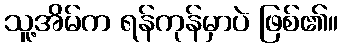
သူ့အိမ်က ရန်ကုန်မှာပဲ ဖြစ်၏။